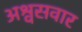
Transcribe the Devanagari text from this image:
अश्वसवार